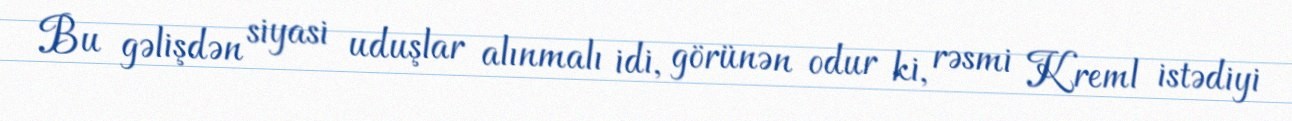
Bu gəlişdən siyasi uduşlar alınmalı idi, görünən odur ki, rəsmi Kreml istədiyi